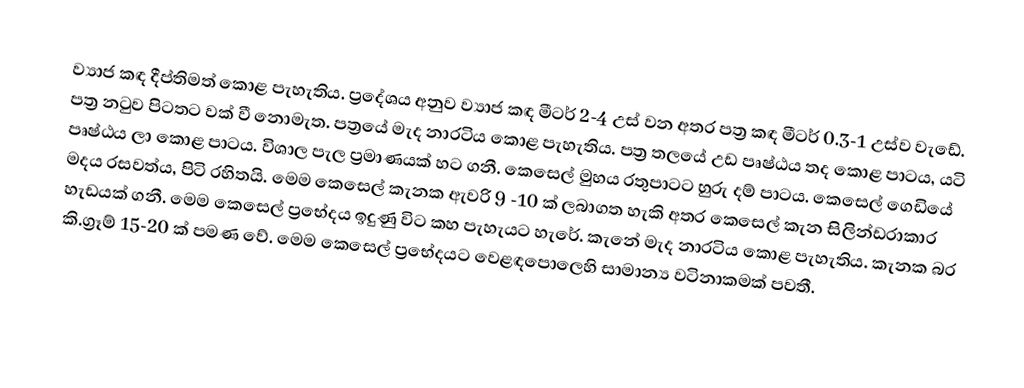
ව්‍යාජ කඳ දීප්තිමත් කොළ පැහැතිය‍. ප්‍රදේශය අනුව ව්‍යාජ කඳ මීටර් 2-4 උස් වන අතර පත්‍ර කඳ මීටර් 0.3-1 උස්ව වැඩේ. පත්‍ර නටුව පිටතට වක් වී නොමැත. පත්‍රයේ මැද නාරටිය කොළ පැහැතිය‍. පත්‍ර තලයේ උඩ පෘෂ්ඨය තද කොළ පාටය, යටි පෘෂ්ඨය ලා කොළ පාටය. විශාල පැල ප්‍රමාණයක් හට ගනී.  කෙසෙල් මුහය රතුපාටට හුරු දම් පාටය. කෙසෙල් ‌ගෙඩියේ මදය රසවත්ය, පිටි රහිතයි. මෙම කෙසෙල් කැනක ඇවරි 9 -10 ක් ලබාගත හැකි අතර කෙසෙල් කැන සිලින්ඩරාකාර හැඩයක් ගනී. මෙම කෙසෙල් ප්‍රභේදය ඉදුණු විට කහ පැහැයට හැරේ. කැනේ මැද නාරටිය කොළ පැහැතිය‍. කැනක බර කි.ග්‍රෑම් 15-20 ක් පමණ වේ. මෙම කෙසෙල් ප්‍රභේදයට වෙළඳපොලෙහි සාමාන්‍ය වටිනාකමක් පවතී.